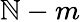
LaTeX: \mathbb{N}-m